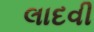
લાદવી